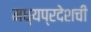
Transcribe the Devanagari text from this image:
मध्यप्रदेशची